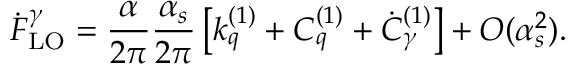
\dot { F } _ { \mathrm { L O } } ^ { \gamma } = \frac { \alpha } { 2 \pi } \frac { \alpha _ { s } } { 2 \pi } \left[ k _ { q } ^ { ( 1 ) } + C _ { q } ^ { ( 1 ) } + \dot { C } _ { \gamma } ^ { ( 1 ) } \right] + O ( \alpha _ { s } ^ { 2 } ) .